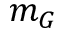
m _ { G }